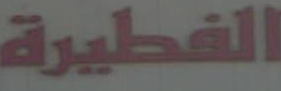
الفطيرة